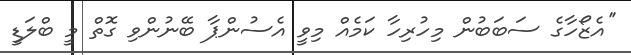
''އެޒޯހާގެ ސަބަބުން މިހުރިހާ ކަމެއް މިވީ އެސުންޕާ ބޭނުންވި ގޮތް މީ ބްލަޑީ